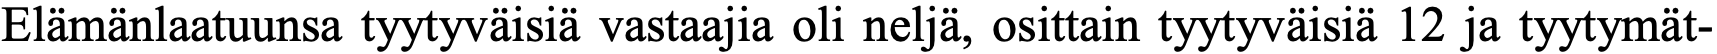
Elämänlaatuunsa tyytyväisiä vastaajia oli neljä, osittain tyytyväisiä 12 ja tyytymät-